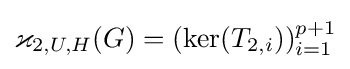
\varkappa _{2,U,H}(G)=(\ker(T_{2,i}))_{i=1}^{p+1}